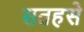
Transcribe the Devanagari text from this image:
सतहसे